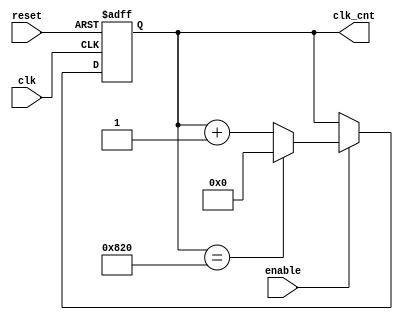
module Instruction_ClockCounterGenerator(clk, reset, clk_cnt, enable);
input wire clk, reset, enable;
output wire [11:0]clk_cnt;

reg [11:0]next_clk_cnt;

assign clk_cnt = next_clk_cnt;

always @ (posedge clk or posedge reset)
begin
	if (reset == 1'b1) begin
		next_clk_cnt <= 12'b0;
	end
	else begin
		if (enable == 1) begin
		  	next_clk_cnt <= clk_cnt + 12'd1;
			if (clk_cnt == 12'd2080) begin
			  next_clk_cnt <= 12'd0;
			end
		end
	end
end
endmodule